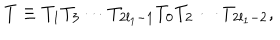
T \equiv T _ { 1 } T _ { 3 } \cdots T _ { 2 l _ { 1 } - 1 } T _ { 0 } T _ { 2 } \cdots T _ { 2 l _ { 1 } - 2 } ,